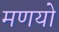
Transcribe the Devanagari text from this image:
मणयो